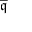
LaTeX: \overline { { \mathfrak { q } } }